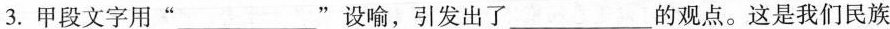
3.甲段文字用”___”设喻，引发出了___的观点。这是我们民族